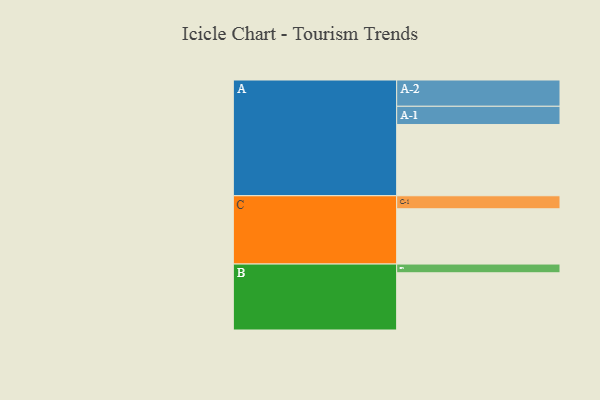
{"axis": {"x": "Segment", "y": "Value"}, "legend": ["", "A", "B", "C"], "data": [{"x": "A", "y": 548, "type": ""}, {"x": "B", "y": 440, "type": ""}, {"x": "C", "y": 425, "type": ""}, {"x": "A-1", "y": 140, "type": "A"}, {"x": "A-2", "y": 202, "type": "A"}, {"x": "B-1", "y": 67, "type": "B"}, {"x": "C-1", "y": 100, "type": "C"}]}